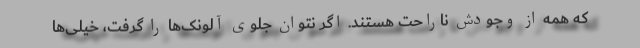
که همه از وجودش ناراحت هستند. اگر نتوان جلوی آلونک‌ها را گرفت، خیلی‌ها